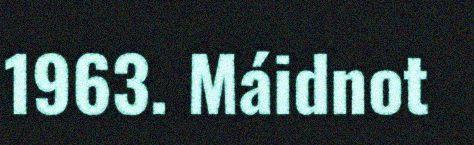
1963. Máidnot